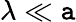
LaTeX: \lambda\ll\mathtt{a}